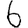
Digit: 6